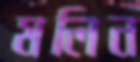
মলিন